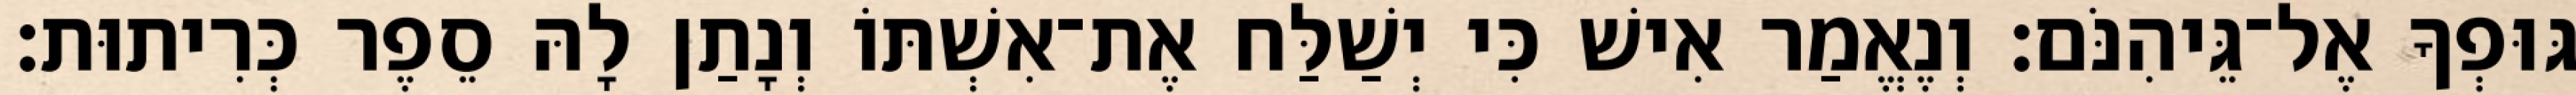
גּוּפְךָ אֶל־גֵּיהִנֹּם׃ וְנֶאֱמַר אִישׁ כִּי יְשַׁלַּח אֶת־אִשְׁתּוֹ וְנָתַן לָהּ סֵפֶר כְּרִיתוּת׃